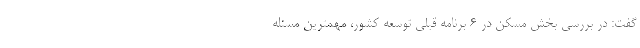
گفت: در بررسی بخش مسکن در ۶ برنامه قبلی توسعه کشور، مهمترین مسئله